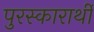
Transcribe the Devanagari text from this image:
पुरस्कारार्थी